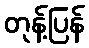
တုန့်ပြန်